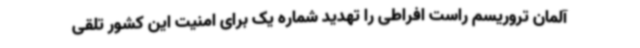
آلمان تروریسم راست افراطی را تهدید شماره یک برای امنیت این کشور تلقی